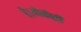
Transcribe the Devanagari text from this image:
है।मैकेंज़ी